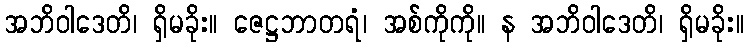
အဘိဝါဒေတိ၊ ရှိမခိုး။ ဇေဋ္ဌဘာတရံ၊ အစ်ကိုကို။ န အဘိဝါဒေတိ၊ ရှိမခိုး။